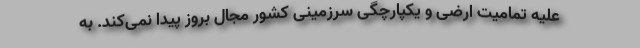
علیه تمامیت ارضی و یکپارچگی سرزمینی کشور مجال بروز پیدا نمی‌کند. به